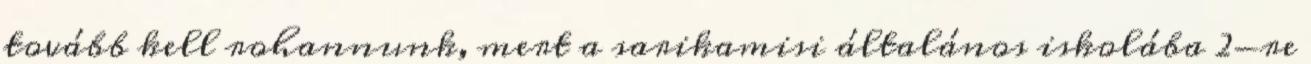
tovább kell rohannunk, mert a sarikamisi általános iskolába 2-re